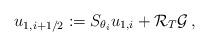
LaTeX: \begin{align*}u_{1,i+1/2}:=S_{\theta_i}u_{1,i}+\mathcal R_T\mathcal G\,,\end{align*}